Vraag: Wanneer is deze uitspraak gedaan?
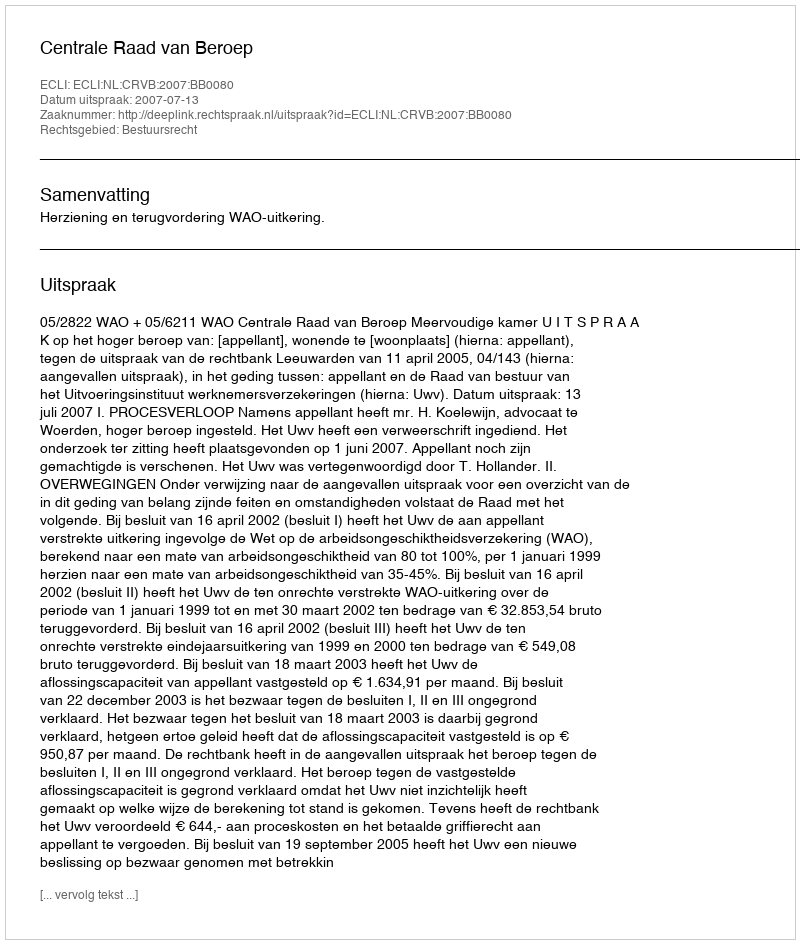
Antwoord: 2007-07-13